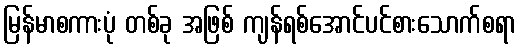
မြန်မာစကားပုံ တစ်ခု အဖြစ် ကျန်ရစ်အောင်ပင်စားသောက်စရာ